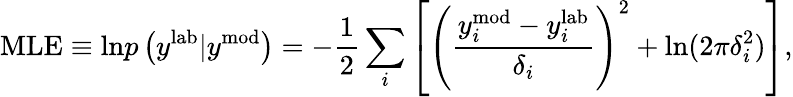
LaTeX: \mathrm{MLE}\equiv\mathrm{ln}p\left(y^{\mathrm{lab}}|y^{\mathrm{mod}}\right)=-\frac{1}{2}\sum_{i}\left[\left(\frac{y_{i}^{\mathrm{mod}}-y_{i}^{\mathrm{lab}}}{\delta_{i}}\right)^{2}+\mathrm{ln}(2\pi\delta_{i}^{2})\right],